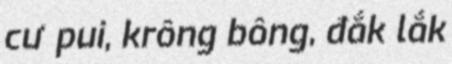
cư pui, krông bông, đắk lắk